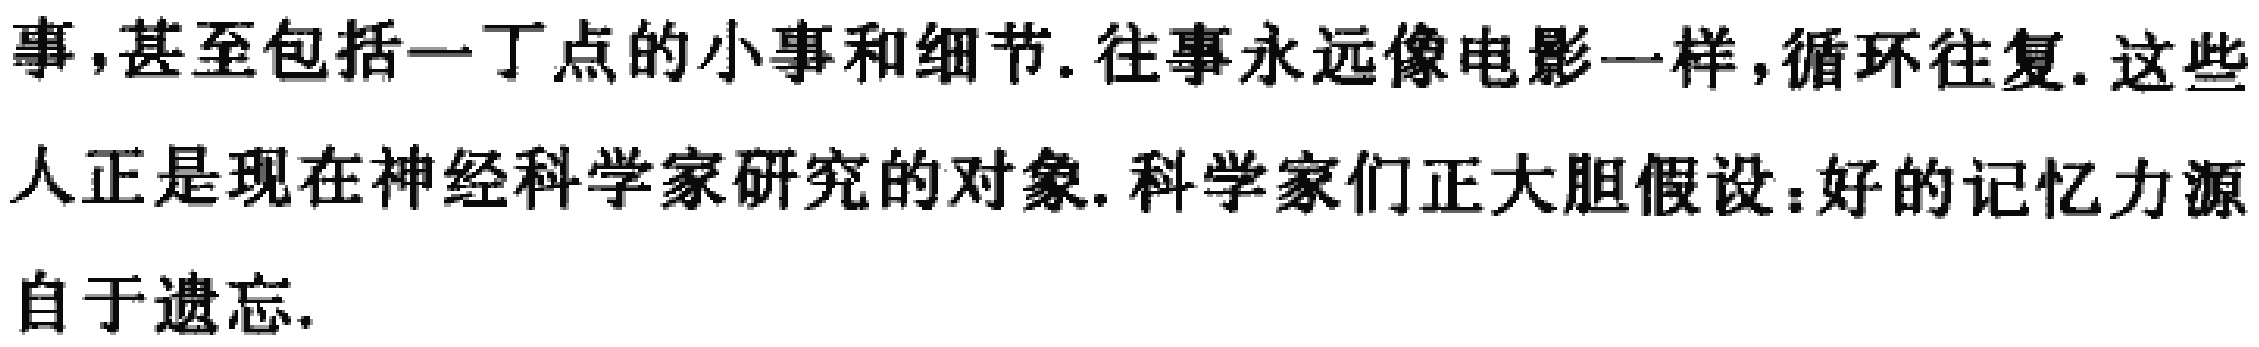
事,甚至包括一丁点的小事和细节.往事永远像电影一样,循环往复.这些人正是现在神经科学家研究的对象.科学家们正大胆假设:好的记忆力源自于遗忘.